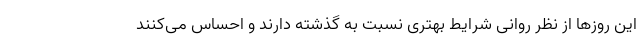
این روزها از نظر روانی شرایط بهتری نسبت به گذشته دارند و احساس می‌کنند